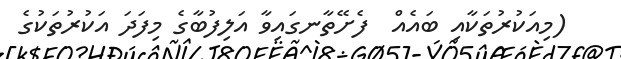
(މިއަކުރުތަކާއި ބައެއް  ފެށޭތާނގައިވާ އަލިފުބާގެ މިފަދަ އަކުރުތަކުގެ